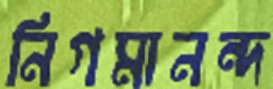
নিগমানন্দ